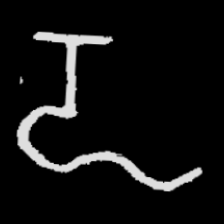
Pyu character \u2014 Myanmar letter: ဍ (romanized: dda)